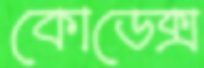
কোডেক্স